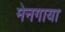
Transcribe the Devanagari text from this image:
मेनगाया